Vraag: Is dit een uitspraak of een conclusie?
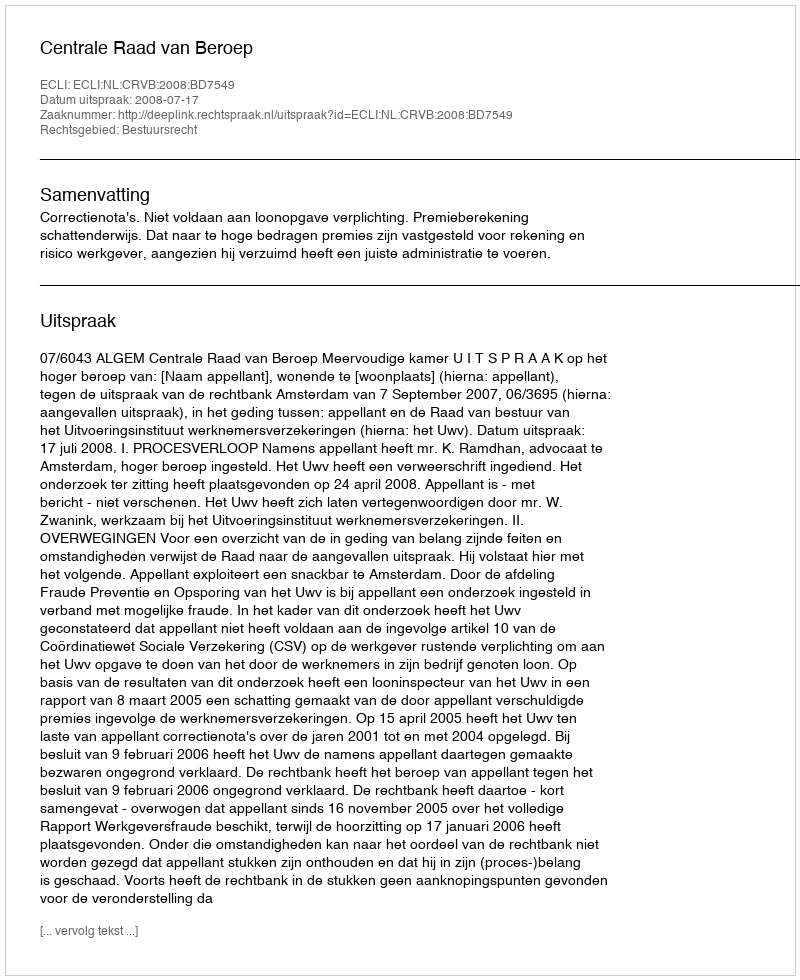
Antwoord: Uitspraak